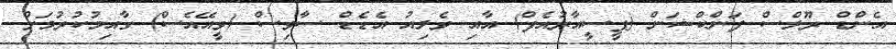
އެންޑް ރޫލްސް ފަންކްޝަން (ޕީސީއާރުއެފް) އާއި ވެލިއު އެޑެޑް ސާވިސް (ވީއޭއެސް) ގާއިމުކުރުމަށް